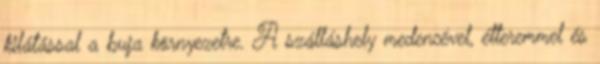
kilátással a buja környezetre. A szálláshely medencével, étteremmel és